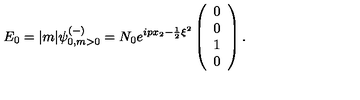
E _ { 0 } = | m | { \psi } _ { 0 , m > 0 } ^ { ( - ) } = N _ { 0 } e ^ { i p x _ { 2 } - \frac { 1 } { 2 } \xi ^ { 2 } } \left( \begin{array} { c } { 0 } \\ { 0 } \\ { 1 } \\ { 0 } \\ \end{array} \right) .